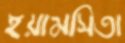
ইয়ামসিতা